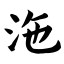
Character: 沲